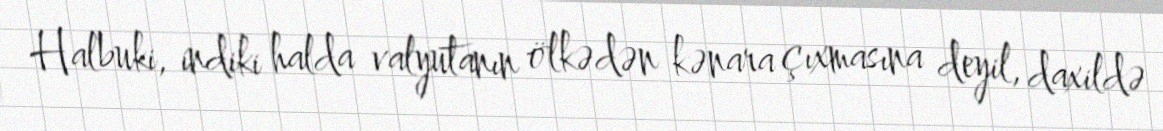
Halbuki, indiki halda valyutanın ölkədən kənara çıxmasına deyil, daxildə